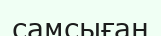
самсыған